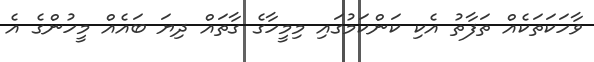
ވާހަކަތަކެއް ތަފާތު އެކި ކަންކަމުގައި މިމީހާގެ ގާތައް ދިޔަ ބައެއް މީހުންގެ އެ